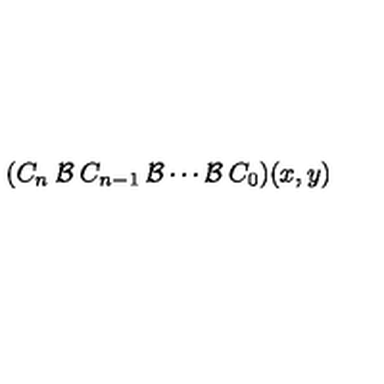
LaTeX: ( C _ { n } \: { \cal { B } } \: C _ { n - 1 } \: { \cal { B } } \cdots { \cal { B } } \: C _ { 0 } ) ( x , y )